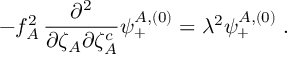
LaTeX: - f _ { A } ^ { 2 } \, { \frac { \partial ^ { 2 } } { \partial \zeta _ { A } \partial \zeta _ { A } ^ { c } } } \psi _ { + } ^ { A , ( 0 ) } = \lambda ^ { 2 } \psi _ { + } ^ { A , ( 0 ) } \; .